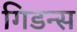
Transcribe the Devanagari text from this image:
गिडन्स